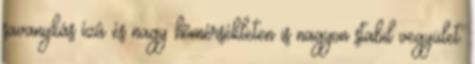
savanykás ízû és nagy hõmérsékleten is nagyon stabil vegyület.